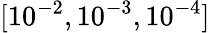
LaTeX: [10^{-2},10^{-3},10^{-4}]